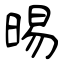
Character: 晹